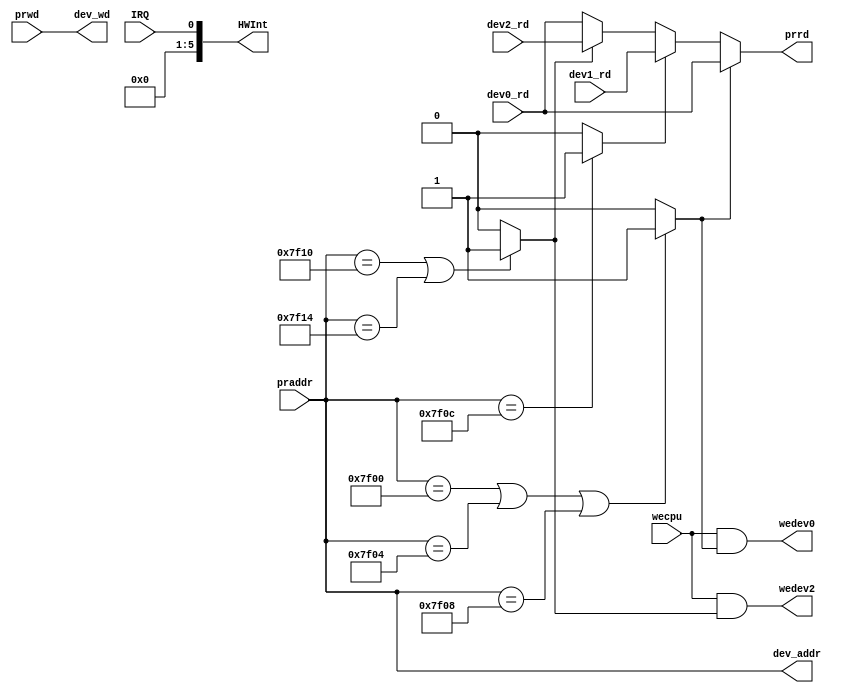
module bridge(praddr, prwd, dev0_rd, dev1_rd, dev2_rd, wecpu, IRQ, prrd, dev_wd, dev_addr, wedev0, wedev2, HWInt);
  input [31:0] praddr, prwd, dev0_rd, dev1_rd, dev2_rd;
  input wecpu, IRQ;
  output [31:0] prrd, dev_wd;
  output [31:0] dev_addr;
  output wedev0, wedev2;  // 0 timer   2 dataOut
  output [5:0] HWInt;
  
  wire HitDev0, HitDev1, HitDev2;  // 0 timer   2 dataOut
  
  assign HitDev0 = (praddr == 32'h0000_7F00 || praddr == 32'h0000_7F04 || praddr == 32'h0000_7F08) ? 1 : 0;
  assign HitDev1 = (praddr == 32'h0000_7F0C) ? 1 : 0;
  assign HitDev2 = (praddr == 32'h0000_7F10 || praddr == 32'h0000_7F14) ? 1 : 0;
  
  assign wedev0 = wecpu & HitDev0;
  assign wedev2 = wecpu & HitDev2;
  assign prrd = (HitDev0) ? dev0_rd : (HitDev1) ? dev1_rd : (HitDev2) ? dev2_rd : dev0_rd;
  assign dev_addr = praddr;
  assign dev_wd = prwd;
  assign HWInt = {5'b0, IRQ};
  
endmodule